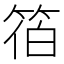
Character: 𮅓